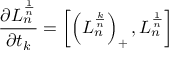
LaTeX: { \frac { \partial L _ { n } ^ { \frac { 1 } { n } } } { \partial t _ { k } } } = \left[ \left( L _ { n } ^ { \frac { k } { n } } \right) _ { + } , L _ { n } ^ { \frac { 1 } { n } } \right]